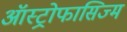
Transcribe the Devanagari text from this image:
ऑस्ट्रोफासिज्म